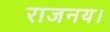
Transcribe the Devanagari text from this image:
राजनय।